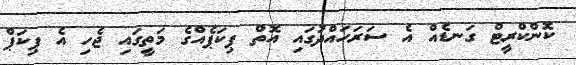
ކޮންކްރީޓް ގަނޑެއް އެ ސަރަހައްދުގައި އޮތް ޕިކަޕެއްގެ މަތީގައި ޖެހި އެ ޕިކަޕް